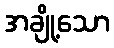
အချို့သော